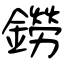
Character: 鐒